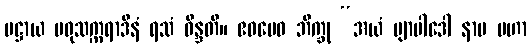
ပဋ္ဌာယ မဓုသက္ကရာဒီနံ ရသံ ဝိန္ဒတိ။ ဧဝမေဝ ဘိက္ခု “အယံ ဗျာပါဒေါ နာမ မဟာ